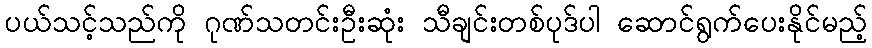
ပယ်သင့်သည်ကို ဂုဏ်သတင်းဦးဆုံး သီချင်းတစ်ပုဒ်ပါ ဆောင်ရွက်ပေးနိုင်မည့်